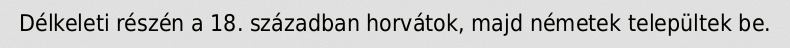
Délkeleti részén a 18. században horvátok, majd németek települtek be.